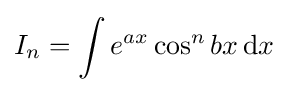
I_{n}=\int e^{ax}\cos ^{n}{bx}\,{\text{d}}x\,\!